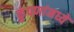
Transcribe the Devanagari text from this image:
कुंपणांमध्ये